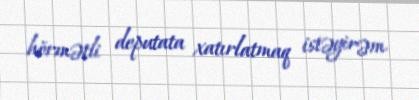
hörmətli deputata xatırlatmaq istəyirəm.